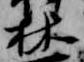
林